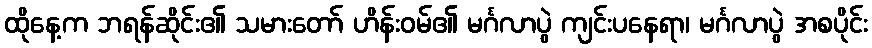
ထိုနေ့က ဘရန်ဆိုင်း၏ သမားတော် ဟိန်းဝမ်၏ မင်္ဂလာပွဲ ကျင်းပနေရာ၊ မင်္ဂလာပွဲ အစပိုင်း